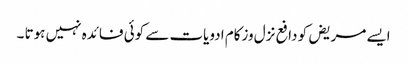
ایسے مریض کو دافع نزل وزکام ادویات سے کوئی فائدہ نہیں ہوتا ۔